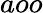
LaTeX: aoo